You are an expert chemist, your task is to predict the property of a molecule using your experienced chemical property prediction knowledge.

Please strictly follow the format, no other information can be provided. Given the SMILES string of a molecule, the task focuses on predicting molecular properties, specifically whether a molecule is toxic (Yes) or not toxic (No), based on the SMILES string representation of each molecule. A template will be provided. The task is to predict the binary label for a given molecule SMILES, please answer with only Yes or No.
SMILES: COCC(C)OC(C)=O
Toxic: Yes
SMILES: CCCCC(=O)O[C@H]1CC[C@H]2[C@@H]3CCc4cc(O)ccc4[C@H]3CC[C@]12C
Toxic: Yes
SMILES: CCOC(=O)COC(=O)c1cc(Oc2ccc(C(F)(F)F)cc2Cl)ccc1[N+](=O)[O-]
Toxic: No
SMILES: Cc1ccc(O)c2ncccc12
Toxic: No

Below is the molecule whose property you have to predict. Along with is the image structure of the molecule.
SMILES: O=C(CO)[C@@H](O)[C@H](O)[C@@H](O)C(=O)[O-].O=C(CO)[C@@H](O)[C@H](O)[C@@H](O)C(=O)[O-]
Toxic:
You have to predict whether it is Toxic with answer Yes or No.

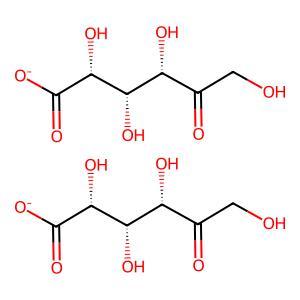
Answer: No